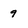
Character: 9